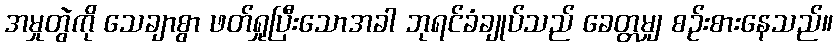
အမှုတွဲကို သေချာစွာ ဖတ်ရှုပြီးသောအခါ ဘုရင်ခံချုပ်သည် ခေတ္တမျှ စဉ်းစားနေသည်။